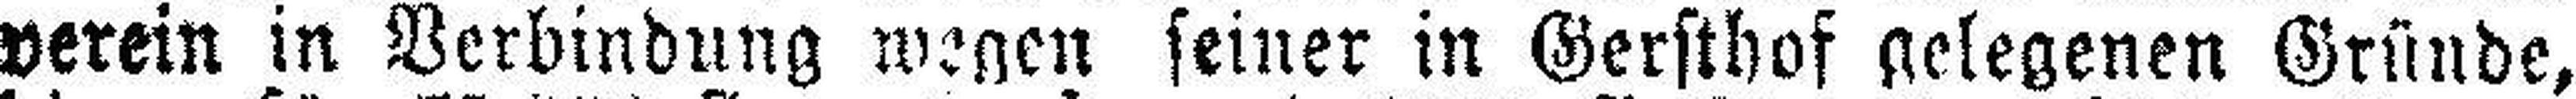
verein in Verbindung wegen seiner in Gersthof gelegenen Gründe,